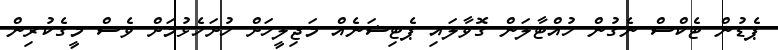
ޕެޑުން ޓެކްސް ނެގުން ހުއްޓާލަން ގޮވާލައި ޕެޓިޝަނެއް މަޖިލީހަށް ހުށަހެޅުމަށް ވެސް މީގެކުރިން